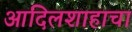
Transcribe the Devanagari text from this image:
आदिलशाहाचा